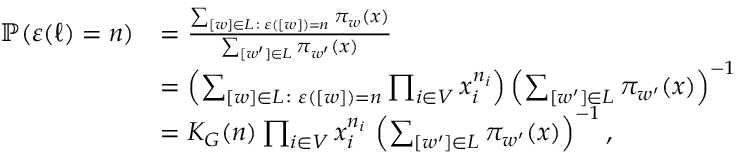
\begin{array} { r l } { \mathbb { P } ( \varepsilon ( \ell ) = n ) } & { = \frac { \sum _ { [ w ] \in L \colon \varepsilon ( [ w ] ) = n } \pi _ { w } ( x ) } { \sum _ { [ w ^ { \prime } ] \in L } \pi _ { w ^ { \prime } } ( x ) } } \\ & { = \left( \sum _ { [ w ] \in L \colon \varepsilon ( [ w ] ) = n } \prod _ { i \in V } x _ { i } ^ { n _ { i } } \right) \left( \sum _ { [ w ^ { \prime } ] \in L } \pi _ { w ^ { \prime } } ( x ) \right) ^ { - 1 } } \\ & { = K _ { G } ( n ) \prod _ { i \in V } x _ { i } ^ { n _ { i } } \, \left( \sum _ { [ w ^ { \prime } ] \in L } \pi _ { w ^ { \prime } } ( x ) \right) ^ { - 1 } , } \end{array}